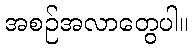
အစဉ်အလာတွေပါ။